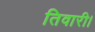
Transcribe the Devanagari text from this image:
तिवारी।